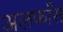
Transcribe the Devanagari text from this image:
अलफाँस